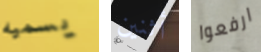
يسميه أثنين ارفعوا